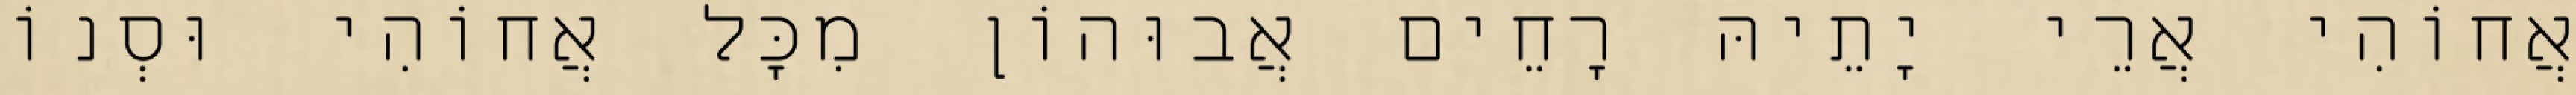
אֲחוֹהִי אֲרֵי יָתֵיהּ רָחֵים אֲבוּהוֹן מִכָּל אֲחוֹהִי וּסְנוֹ